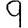
Digit: 9